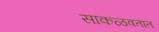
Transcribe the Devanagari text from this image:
साकळवतात